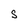
Character: S